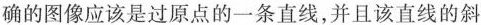
确的图像应该是过原点的一条直线，并且该直线的斜